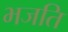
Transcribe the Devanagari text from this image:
भजति